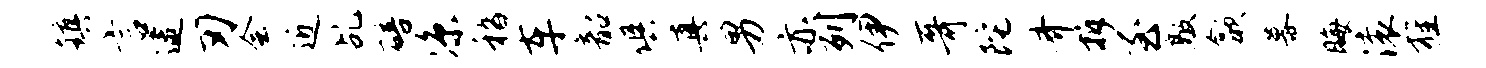
镇言逮刃会近乩碚凉嵇车韶俱真男亦列伊哥陀齐拆至敲歙幕晦滚旌